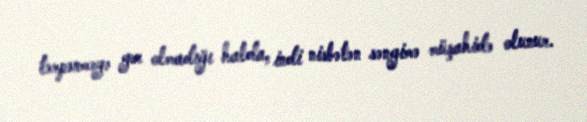
tərpənməyə yer olmadığı halda, indi nisbətən səngimə müşahidə olunur.